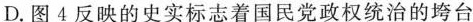
D.图4反映的史实标志着国民党政权统治的垮台